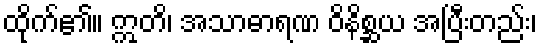
ထိုက်၏။ ဣတိ၊ အသာဓာရဏ ဝိနိစ္ဆယ အပြီးတည်း၊